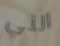
التي